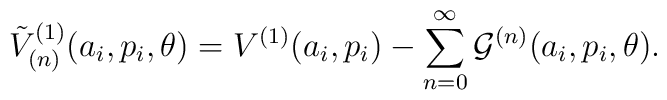
{\tilde V}_{(n)}^{(1)}(a_i,p_i,\theta) = V^{(1)}(a_i,p_i) - \sum_{n=0}^\infty{\cal G}^{(n)}(a_i,p_i,\theta).